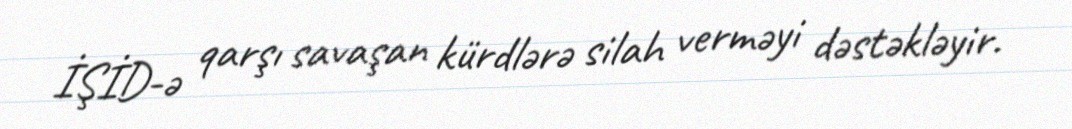
İŞİD-ə qarşı savaşan kürdlərə silah verməyi dəstəkləyir.